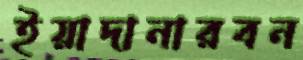
ইয়াদানারবন